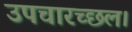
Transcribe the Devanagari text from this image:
उपचारच्छल।